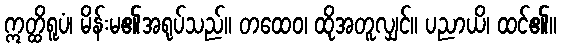
ဣတ္ထိရူပံ၊ မိန်းမ၏အရုပ်သည်။ တထေဝ၊ ထိုအတူလျှင်။ ပညာယိ၊ ထင်၏။